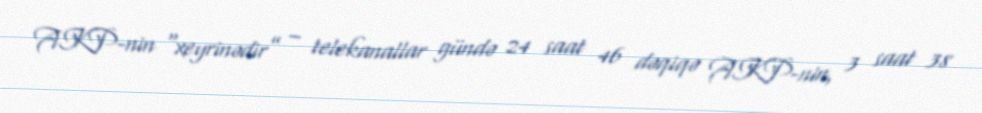
AKP-nin “xeyrinədir” – telekanallar gündə 24 saat 46 dəqiqə AKP-nin, 3 saat 38